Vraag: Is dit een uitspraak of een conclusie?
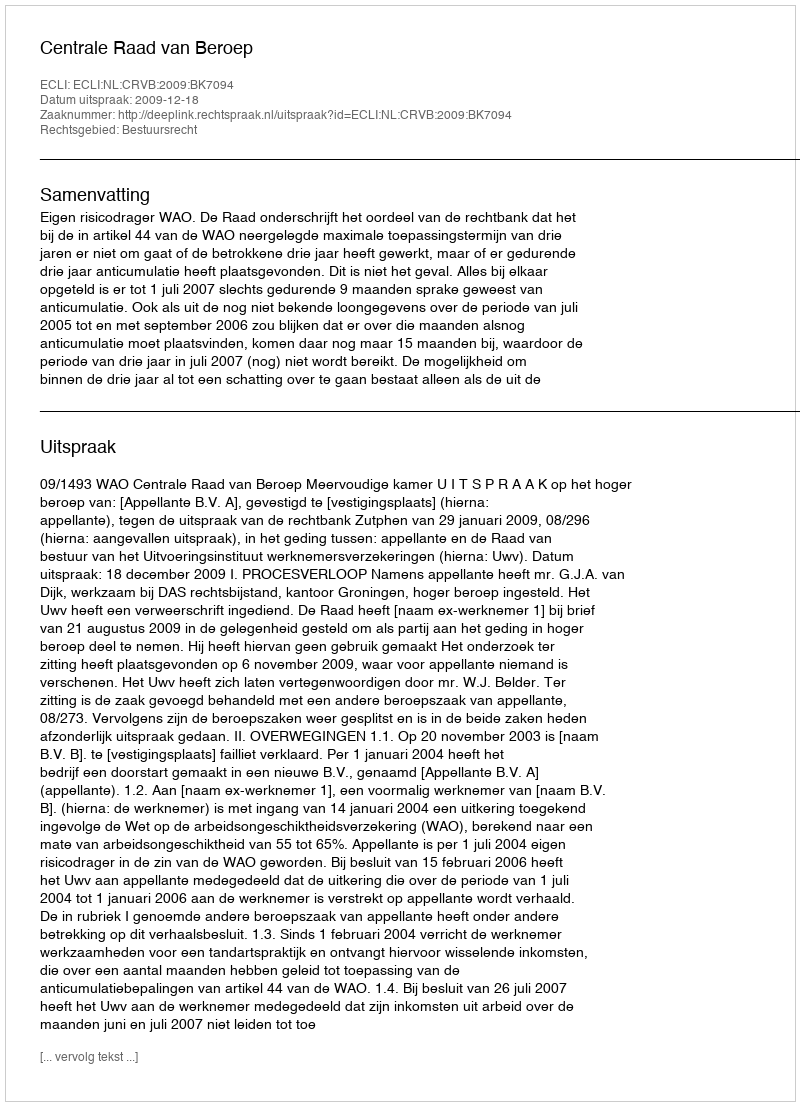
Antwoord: Uitspraak